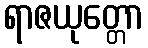
ရာဇယုတ္တော